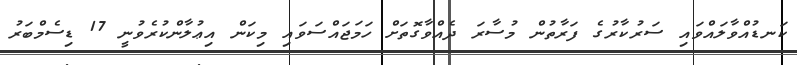
ކަނޑުއްވާލައްވައި ސަރުކާރުގެ ފަރާތުން މުސާރަ ދެއްވާގޮތަށް ހަމަޖައްސަވައި މިކަން އިޢުލާންކުރެވުނީ 17 ޑިސެމްބަރު